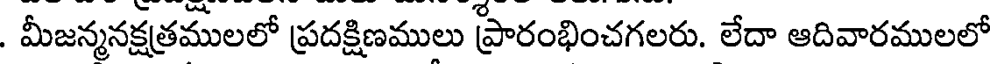
. మీజన్మనక్షత్రములలో ప్రదక్షిణములు ప్రారంభించగలరు. లేదా ఆదివారములలో